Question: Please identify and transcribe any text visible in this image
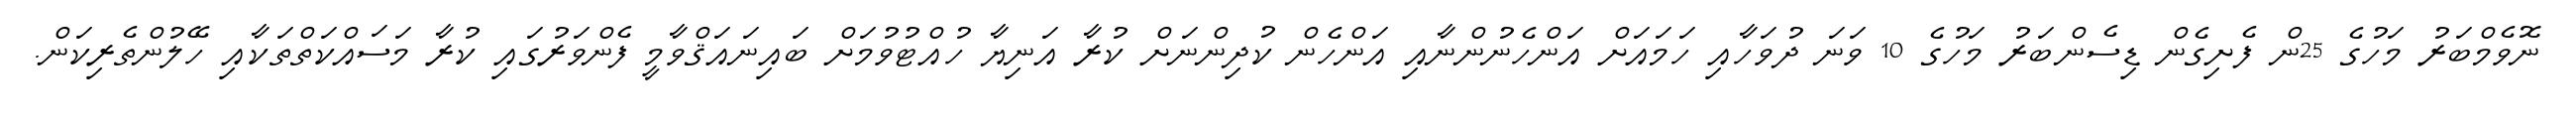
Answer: ނޮވެމްބަރު މަހުގެ 25ން ފެށިގެން ޑިސެންބަރު މަހުގެ 10 ވަނަ ދުވަހާއި ހަމައަށް އަންހެނުންނާއި އަންހެން ކުދިންނަށް ކުރާ އަނިޔާ ހުއްޓުވުމަށް ބައިނައަޤްވާމީ ފެންވަރުގައި ކުރާ މަސައްކަތްތަކާއި ހޭލުންތެރިކަން.